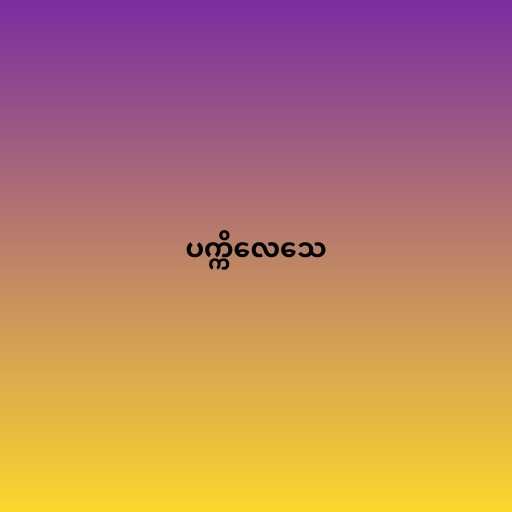
ပက္ကိလေသေ